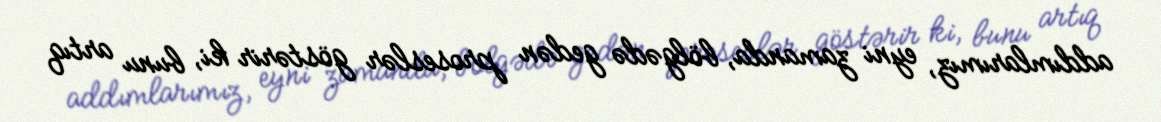
addımlarımız, eyni zamanda, bölgədə gedən proseslər göstərir ki, bunu artıq